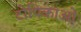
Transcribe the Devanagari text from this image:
टोपिकाओं